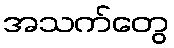
အသက်တွေ